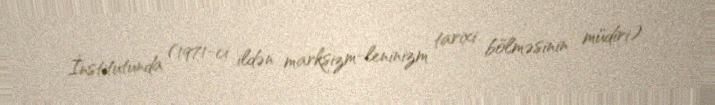
İnstitutunda (1971-ci ildən marksizm-leninizm tarixi bölməsinin müdiri)